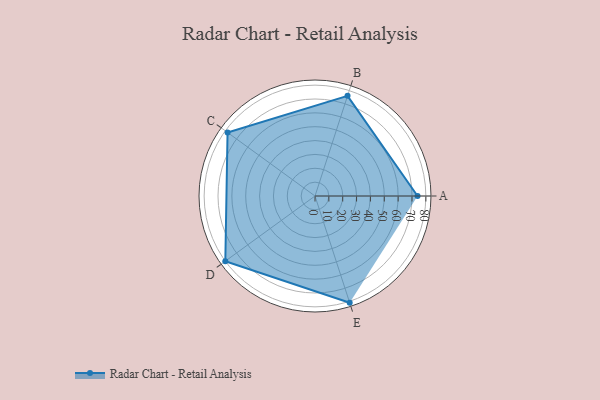
{"axis": {"x": "Skill", "y": "Score"}, "legend": ["Profile"], "data": [{"x": "A", "y": 74.0, "type": "Profile"}, {"x": "B", "y": 76.0, "type": "Profile"}, {"x": "C", "y": 78.0, "type": "Profile"}, {"x": "D", "y": 80.0, "type": "Profile"}, {"x": "E", "y": 81.0, "type": "Profile"}]}